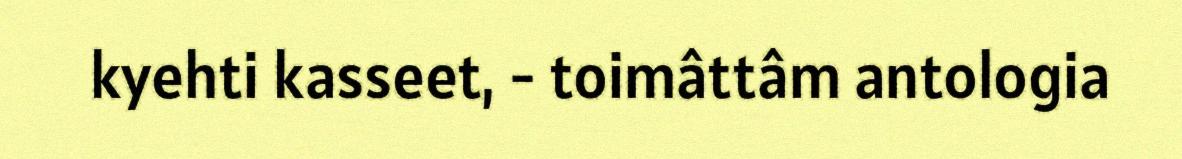
kyehti kasseet, - toimâttâm antologia